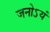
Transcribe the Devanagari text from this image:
जनोऽयं